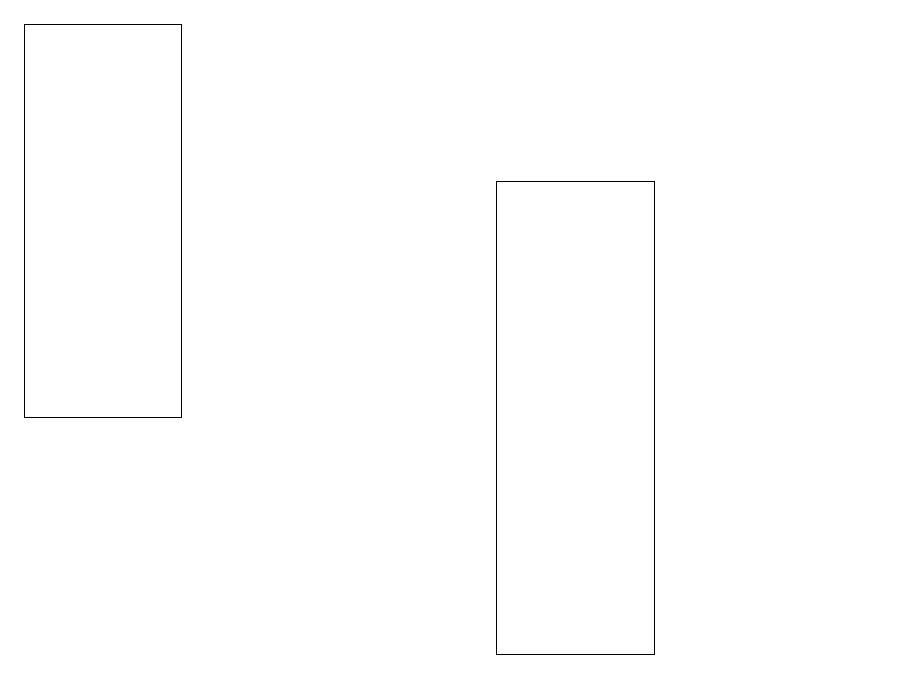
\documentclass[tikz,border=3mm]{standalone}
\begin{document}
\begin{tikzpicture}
\draw (2,14) rectangle (0,19);
\draw (6,17) rectangle (8,11);
\draw (11,11) circle (0);
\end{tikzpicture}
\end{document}